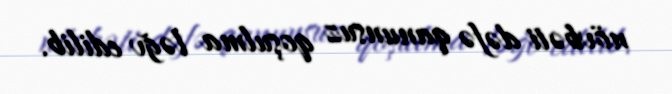
növbəti dəfə qanunsuz qoşulma ləğv edilib.